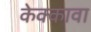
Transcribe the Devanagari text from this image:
केक्कावा